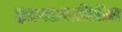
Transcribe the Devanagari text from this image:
हतगडवाडीतील